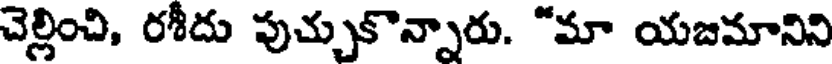
చెల్లించి, రశీదు పుచ్చుకొన్నారు. "మా యజమానిని